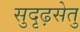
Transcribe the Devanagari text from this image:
सुदृढ़सेतु